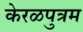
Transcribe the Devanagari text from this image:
केरळपुत्रम